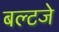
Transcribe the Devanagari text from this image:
बल्टजे